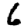
Digit: 6